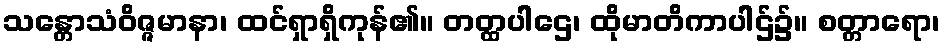
သန္တောသံဝိဇ္ဇမာနာ၊ ထင်ရှာရှိကုန်၏။ တတ္ထပါဌေ၊ ထိုမာတိကာပါဌ်၌။ စတ္တာရော၊